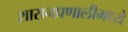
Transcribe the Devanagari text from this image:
शासनप्रणालीमध्ये